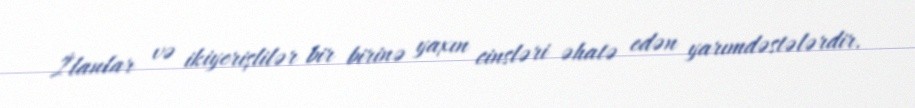
İlanlar və ikiyerişlilər bir birinə yaxın cinsləri əhatə edən yarımdəstələrdir.